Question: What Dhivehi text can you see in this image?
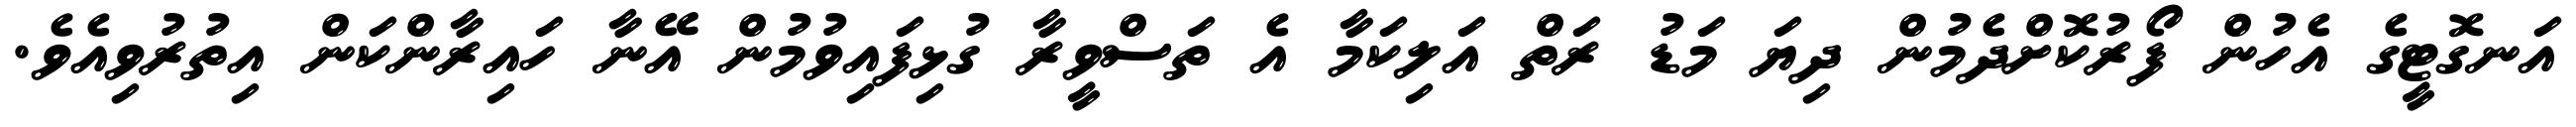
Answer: އަނގޮޓީގެ އެހުން ފޯރުކޮށްދެމުން ދިޔަ މަޑު ރަތް އަލިކަމާ އެ ތަސްވީރާ ގުޅިފައިވުމުން އޭނާ ހައިރާންކަން އިތުރުވިއެވެ.